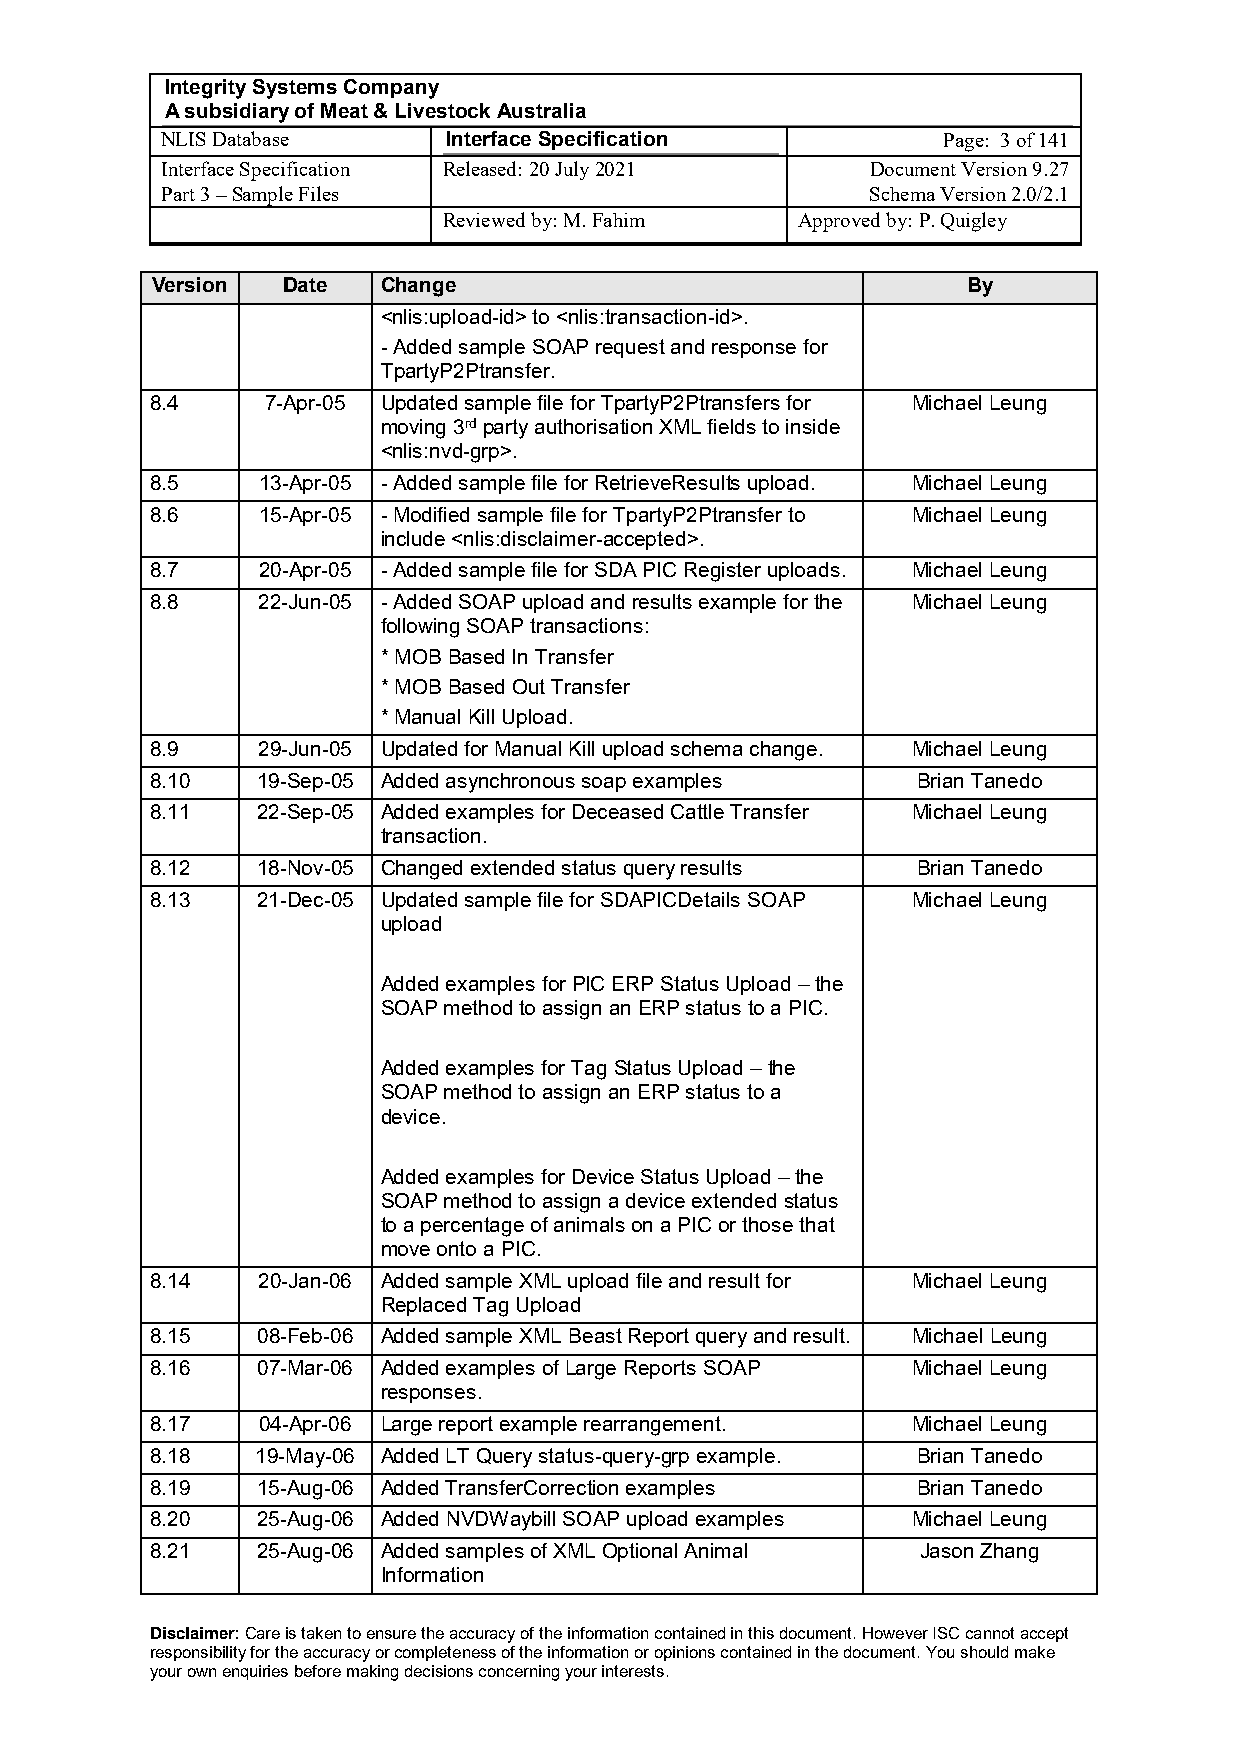
Integrity Systems Company
 A subsidiary of Meat & Livestock Australia
 NLIS Database      Interface Specification         Page: 3 of 141
 Interface Specification Released: 20 July 2021 Document Version 9.27
 Part 3 – Sample Files                          Schema Version 2.0/2.1
 Reviewed by: M. Fahim   Approved by: P. Quigley
 Version  Date  Change                                 By
 <nlis:upload-id> to <nlis:transaction-id>.
 - Added sample SOAP request and response for
 TpartyP2Ptransfer.
 8.4     7-Apr-05 Updated sample file for TpartyP2Ptransfers for Michael Leung
 moving 3rd party authorisation XML fields to inside
 <nlis:nvd-grp>.
 8.5    13-Apr-05 - Added sample file for RetrieveResults upload. Michael Leung
 8.6    15-Apr-05 - Modified sample file for TpartyP2Ptransfer to Michael Leung
 include <nlis:disclaimer-accepted>.
 8.7    20-Apr-05 - Added sample file for SDA PIC Register uploads. Michael Leung
 8.8    22-Jun-05 - Added SOAP upload and results example for the Michael Leung
 following SOAP transactions:
 * MOB Based In Transfer
 * MOB Based Out Transfer
 * Manual Kill Upload.
 8.9    29-Jun-05 Updated for Manual Kill upload schema change. Michael Leung
 8.10   19-Sep-05 Added asynchronous soap examples  Brian Tanedo
 8.11   22-Sep-05 Added examples for Deceased Cattle Transfer Michael Leung
 transaction.
 8.12   18-Nov-05 Changed extended status query results Brian Tanedo
 8.13   21-Dec-05 Updated sample file for SDAPICDetails SOAP Michael Leung
 upload
 Added examples for PIC ERP Status Upload – the
 SOAP method to assign an ERP status to a PIC.
 Added examples for Tag Status Upload – the
 SOAP method to assign an ERP status to a
 device.
 Added examples for Device Status Upload – the
 SOAP method to assign a device extended status
 to a percentage of animals on a PIC or those that
 move onto a PIC.
 8.14   20-Jan-06 Added sample XML upload file and result for Michael Leung
 Replaced Tag Upload
 8.15   08-Feb-06 Added sample XML Beast Report query and result. Michael Leung
 8.16   07-Mar-06 Added examples of Large Reports SOAP Michael Leung
 responses.
 8.17   04-Apr-06 Large report example rearrangement. Michael Leung
 8.18   19-May-06 Added LT Query status-query-grp example. Brian Tanedo
 8.19   15-Aug-06 Added TransferCorrection examples Brian Tanedo
 8.20   25-Aug-06 Added NVDWaybill SOAP upload examples Michael Leung
 8.21   25-Aug-06 Added samples of XML Optional Animal Jason Zhang
 Information
 Disclaimer: Care is taken to ensure the accuracy of the information contained in this document. However ISC cannot accept
 responsibility for the accuracy or completeness of the information or opinions contained in the document. You should make
 your own enquiries before making decisions concerning your interests.